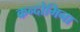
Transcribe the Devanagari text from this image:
कन्दोमिना